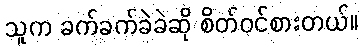
သူက ခက်ခက်ခဲခဲဆို စိတ်ဝင်စားတယ်။